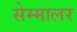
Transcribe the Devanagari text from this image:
सेम्मालर